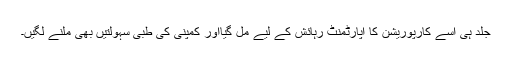
جلد ہی اسے کارپوریشن کا اپارٹمنٹ رہائش کے لیے مل گیااور کمپنی کی طبی سہولتیں بھی ملنے لگیں۔